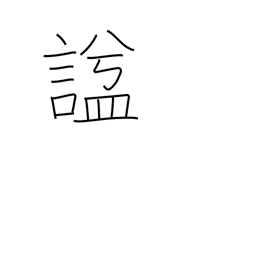
Meaning: posthumous name